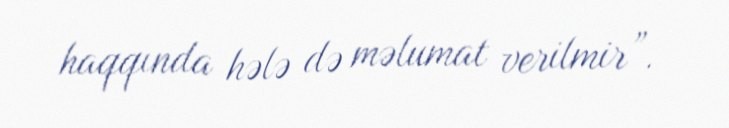
haqqında hələ də məlumat verilmir”.